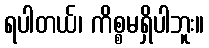
ရပါတယ်၊ ကိစ္စမရှိပါဘူး။